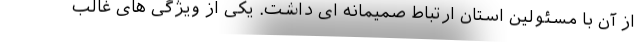
از آن با مسئولین استان ارتباط صمیمانه ای داشت. یکی از ویژگی های غالب